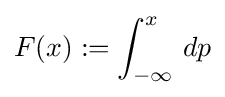
F(x):=\int _{-\infty }^{x}\,dp